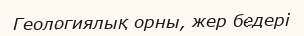
Геологиялық орны, жер бедері